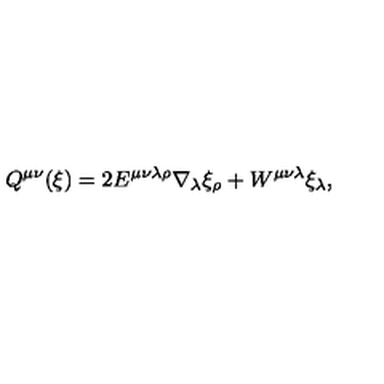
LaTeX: Q ^ { \mu \nu } ( \xi ) = 2 E ^ { \mu \nu \lambda \rho } \nabla _ { \lambda } \xi _ { \rho } + W ^ { \mu \nu \lambda } \xi _ { \lambda } ,